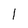
Character: l